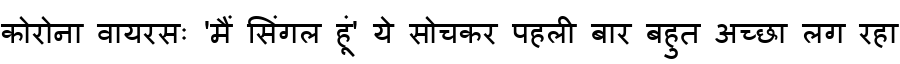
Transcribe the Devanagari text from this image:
कोरोना वायरसः 'मैं सिंगल हूं' ये सोचकर पहली बार बहुत अच्छा लग रहा